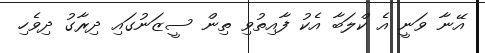
އޭނާ ވަނީ އެ ކްލަބާ އެކު ފާއިތުވި ތިން ސީޒަނުގައި ދިރާގު ދިވެހި